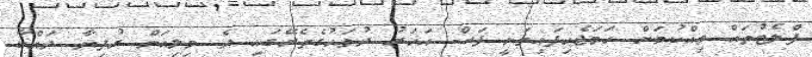
ފްލެޓުތައް ވިއްކުމަށް ހަމަޖެހިފައިވަނީ ފަސް އަހަރު ދުވަހުގެތެރޭގައި ދެ މިލިއަން ރުފިޔާ ދައްކާ